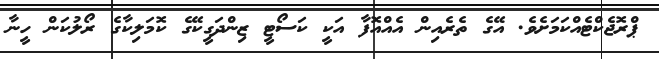
ޕްރޮޖެކްޓެއްކަމަށެވެ. އޭގެ ތެރެއިން އެއްއޮފާ އަކީ ކަސޯޓީ ޒިންދަގީކޭގެ ކޮމަލިކާގެ ރޯލުކަން ހީނާ